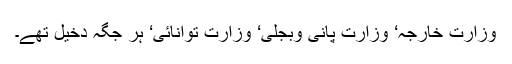
وزارت خارجہ‘ وزارت پانی وبجلی‘ وزارت توانائی‘ ہر جگہ دخیل تھے۔